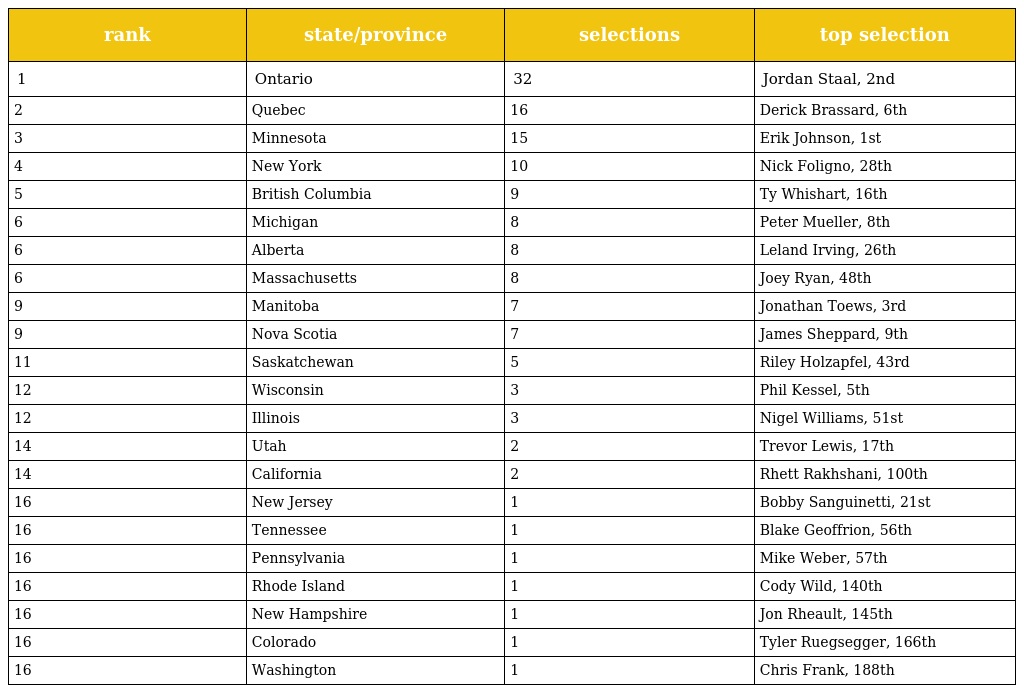
| rank | state/province | selections | top selection |
 | --- | --- | --- | --- |
 | 1 | Ontario | 32 | Jordan Staal, 2nd |
 | 2 | Quebec | 16 | Derick Brassard, 6th |
 | 3 | Minnesota | 15 | Erik Johnson, 1st |
 | 4 | New York | 10 | Nick Foligno, 28th |
 | 5 | British Columbia | 9 | Ty Whishart, 16th |
 | 6 | Michigan | 8 | Peter Mueller, 8th |
 | 6 | Alberta | 8 | Leland Irving, 26th |
 | 6 | Massachusetts | 8 | Joey Ryan, 48th |
 | 9 | Manitoba | 7 | Jonathan Toews, 3rd |
 | 9 | Nova Scotia | 7 | James Sheppard, 9th |
 | 11 | Saskatchewan | 5 | Riley Holzapfel, 43rd |
 | 12 | Wisconsin | 3 | Phil Kessel, 5th |
 | 12 | Illinois | 3 | Nigel Williams, 51st |
 | 14 | Utah | 2 | Trevor Lewis, 17th |
 | 14 | California | 2 | Rhett Rakhshani, 100th |
 | 16 | New Jersey | 1 | Bobby Sanguinetti, 21st |
 | 16 | Tennessee | 1 | Blake Geoffrion, 56th |
 | 16 | Pennsylvania | 1 | Mike Weber, 57th |
 | 16 | Rhode Island | 1 | Cody Wild, 140th |
 | 16 | New Hampshire | 1 | Jon Rheault, 145th |
 | 16 | Colorado | 1 | Tyler Ruegsegger, 166th |
 | 16 | Washington | 1 | Chris Frank, 188th |